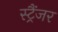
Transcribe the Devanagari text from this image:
स्ट्रैंजर